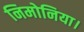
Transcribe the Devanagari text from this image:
निमोनिया।